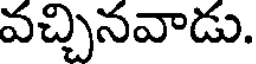
వచ్చినవాడు.